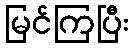
မြင်ကြပြီး